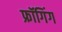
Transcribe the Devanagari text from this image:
फ्रॉगिंग